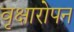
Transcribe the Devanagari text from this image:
वृक्षारोपन